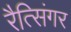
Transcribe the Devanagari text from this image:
रैत्सिंगर